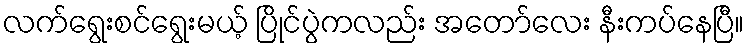
လက်ရွေးစင်ရွေးမယ့် ပြိုင်ပွဲကလည်း အတော်လေး နီးကပ်နေပြီ။